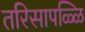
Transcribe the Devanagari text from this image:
तरिसापळ्ळि